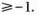
\geqslant -1.